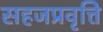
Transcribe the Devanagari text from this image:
सहजप्रवृत्ति